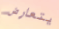
يتعارض